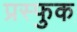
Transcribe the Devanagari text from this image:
प्रस्फुक